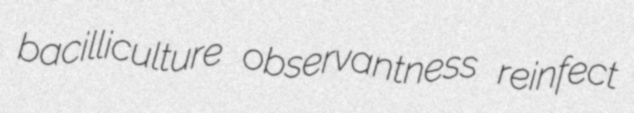
bacilliculture observantness reinfect